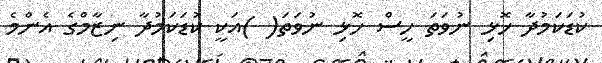
ކުޑަކަމުދާ ހޮޅި ނުވަތަ ހީސް ހޮޅި ނުވަތަ( )އަކީ ކުޑަކަމުދާ ނިޒާމްގެ އެންމެ